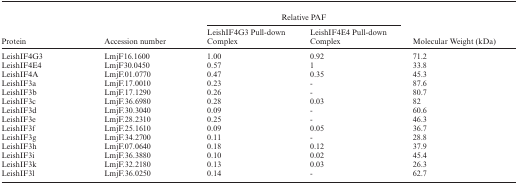
<table><thead><tr><td></td><td></td><td colspan="2"><b>Relative PAF</b></td><td></td></tr><tr><td><b>Protein</b></td><td><b>Accession number</b></td><td><b>LeishIF4G3 Pull-down Complex</b></td><td><b>LeishIF4E4 Pull-down Complex</b></td><td><b>Molecular Weight (kDa)</b></td></tr></thead><tbody><tr><td>LeishIF4G3</td><td>LmjF16.1600</td><td>1.00</td><td>0.92</td><td>71.2</td></tr><tr><td>LeishIF4E4</td><td>LmjF30.0450</td><td>0.57</td><td>1</td><td>33.8</td></tr><tr><td>LeishIF4A</td><td>LmjF.01.0770</td><td>0.47</td><td>0.35</td><td>45.3</td></tr><tr><td>LeishIF3a</td><td>LmjF.17.0010</td><td>0.23</td><td>-</td><td>87.6</td></tr><tr><td>LeishIF3b</td><td>LmjF.17.1290</td><td>0.26</td><td>-</td><td>80.7</td></tr><tr><td>LeishIF3c</td><td>LmjF.36.6980</td><td>0.28</td><td>0.03</td><td>82</td></tr><tr><td>LeishIF3d</td><td>LmjF.30.3040</td><td>0.09</td><td>-</td><td>60.6</td></tr><tr><td>LeishIF3e</td><td>LmjF.28.2310</td><td>0.25</td><td>-</td><td>46.3</td></tr><tr><td>LeishIF3f</td><td>LmjF.25.1610</td><td>0.09</td><td>0.05</td><td>36.7</td></tr><tr><td>LeishIF3g</td><td>LmjF.34.2700</td><td>0.11</td><td>-</td><td>28.8</td></tr><tr><td>LeishIF3h</td><td>LmjF.07.0640</td><td>0.18</td><td>0.12</td><td>37.9</td></tr><tr><td>LeishIF3i</td><td>LmjF.36.3880</td><td>0.10</td><td>0.02</td><td>45.4</td></tr><tr><td>LeishIF3k</td><td>LmjF.32.2180</td><td>0.13</td><td>0.03</td><td>26.3</td></tr><tr><td>LeishIF3l</td><td>LmjF.36.0250</td><td>0.14</td><td>-</td><td>62.7</td></tr></tbody></table>